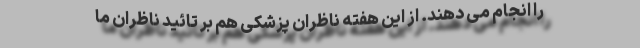
را انجام می دهند. از این هفته ناظران پزشکی هم بر تائید ناظران ما